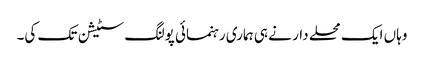
وہاں ایک محلے دار نے ہی ہماری رہنمائی پولنگ سٹیشن تک کی۔